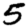
Digit: 5